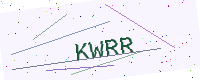
Text: KWRR